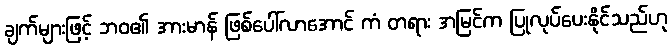
ချက်များဖြင့် ဘဝ၏ အားမာန် ဖြစ်ပေါ်လာအောင် ကံ တရား အမြင်က ပြုလုပ်ပေးနိုင်သည်ဟု